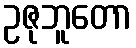
ဥဇုဘူတော